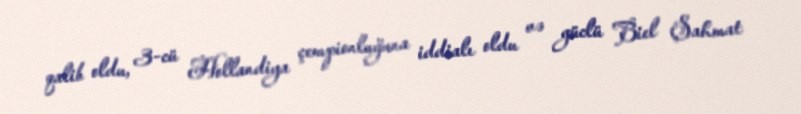
qalib oldu, 3-cü Hollandiya çempionluğuna iddialı oldu və güclü Biel Şahmat